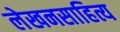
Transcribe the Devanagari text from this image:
लेखनसाहित्य